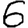
Digit: 6